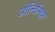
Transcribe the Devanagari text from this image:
ओन्टिमिट्टा